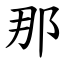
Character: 那